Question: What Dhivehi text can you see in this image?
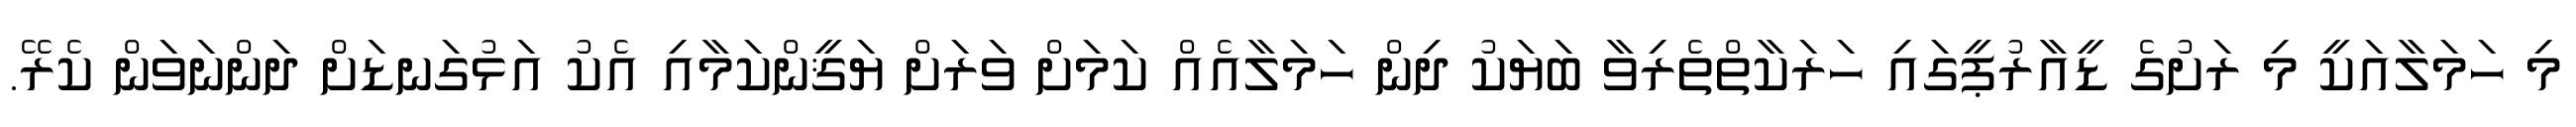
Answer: މި ހަމަލާއަކީ މި ރަށުގެ ޑީއާރުޕީގައި ހަރަކާތްތެރިވާ ބަޔަކު ދިން ހަމަލާއެއް ކަމަށް ވަރަށް ޔަޤީންކަމާއި އެކު އަޅުގަނޑަށް ދަންނަވަން ކެރޭ.